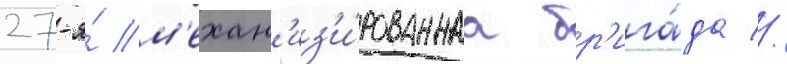
27-я́ м'ехан'из'и́рованнаа бр'ига́да //